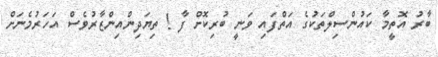
ބާރު އޮތީމާ ކައުންސިލްތަކުގެ އަތްފައި ވަނީ ބުރިކޮށް ފާ ! ތިޔަދިންއިންޒާރުވެސް އަހަރުމެނަށް